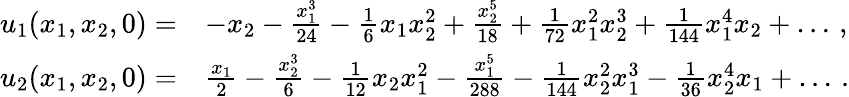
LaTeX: \begin{array}{rl}{u_{1}(x_{1},x_{2},0)=}&{-x_{2}-\frac{x_{1}^{3}}{24}-\frac{1}{6}x_{1}x_{2}^{2}+\frac{x_{2}^{5}}{18}+\frac{1}{72}x_{1}^{2}x_{2}^{3}+\frac{1}{144}x_{1}^{4}x_{2}+\dots\, ,}\\ {u_{2}(x_{1},x_{2},0)=}&{\frac{x_{1}}{2}-\frac{x_{2}^{3}}{6}-\frac{1}{12}x_{2}x_{1}^{2}-\frac{x_{1}^{5}}{288}-\frac{1}{144}x_{2}^{2}x_{1}^{3}-\frac{1}{36}x_{2}^{4}x_{1}+\dots\, .}\end{array}